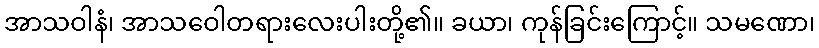
အာသဝါနံ၊ အာသဝေါတရားလေးပါးတို့၏။ ခယာ၊ ကုန်ခြင်းကြောင့်။ သမဏော၊